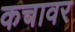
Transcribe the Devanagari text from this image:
कचावर